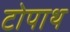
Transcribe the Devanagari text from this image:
टोपाथ